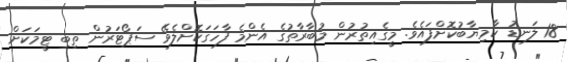
18 ލަނޑު ކާމިޔާބުކޮށްފައެވެ. މީގެއިތުރުން މުބާރާތުގެ އެންމެ ފާހަގަކޮށްލެވޭ ސަޕޯޓަރުން ތިބި ޓީމަކަށް